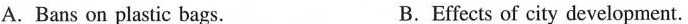
A.Bans on plastic bags. B.Effects of city development.